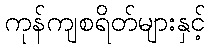
ကုန်ကျစရိတ်များနှင့်